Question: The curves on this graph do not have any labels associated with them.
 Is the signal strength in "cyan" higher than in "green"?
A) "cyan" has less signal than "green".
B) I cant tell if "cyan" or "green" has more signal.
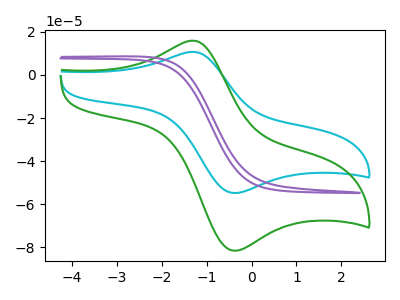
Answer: <think>The cyan curve "cyan" has an anodic peak at (-1.30V, 10.70uA) and a cathodic peak at (-0.40V, -54.75uA). The green curve "green" has an anodic peak at (-1.30V, 15.90uA) and a cathodic peak at (-0.40V, -81.50uA). The purple curve "purple" has no peaks.
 All the peaks in "cyan" have a peak in "green" at the same potential. Every peak in "cyan" is lower than every peak in "green".</think>
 <answer>A) "cyan" has less signal than "green".</answer>
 <eval>A</eval>